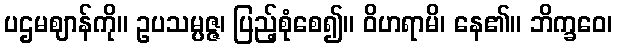
ပဌမဈာန်ကို။ ဥပသမ္ပဇ္ဇ၊ ပြည့်စုံစေ၍။ ဝိဟရာမိ၊ နေ၏။ ဘိက္ခဝေ၊